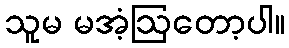
သူမ မအံ့ဩတော့ပါ။